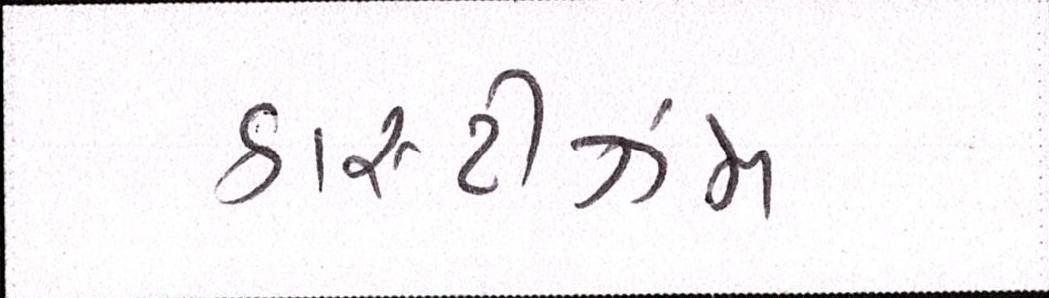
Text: કાસ્ટીઝમ